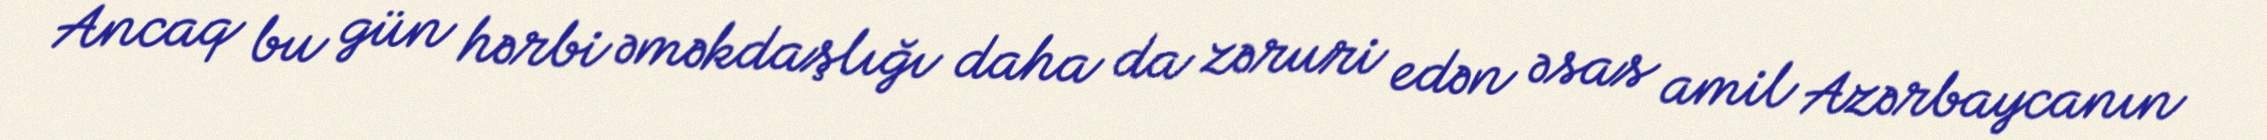
Ancaq bu gün hərbi əməkdaşlığı daha da zəruri edən əsas amil Azərbaycanın